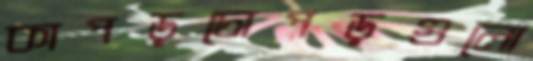
কাপড়চোপড়গুলো